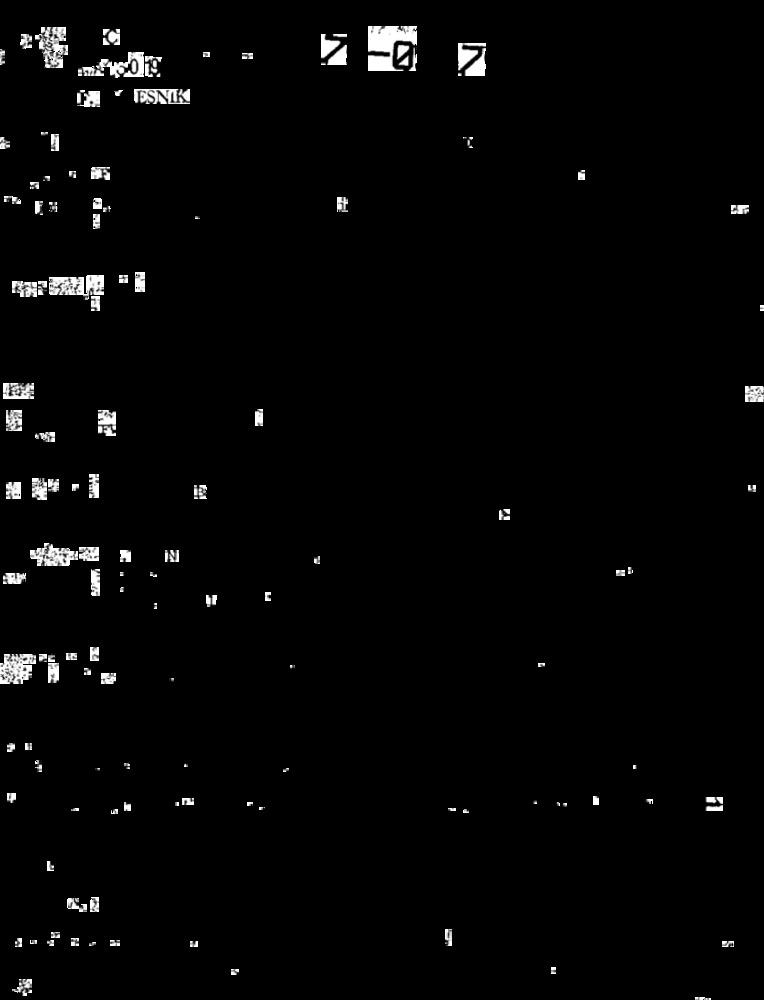
7
7
MESNIK
IN
F
L